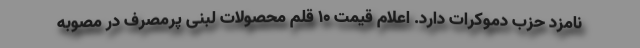
نامزد حزب دموکرات دارد. اعلام قیمت 10 قلم محصولات لبنی پرمصرف در مصوبه